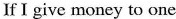
If I give money to one